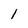
Character: l